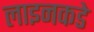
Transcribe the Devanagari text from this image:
लाइनकडे